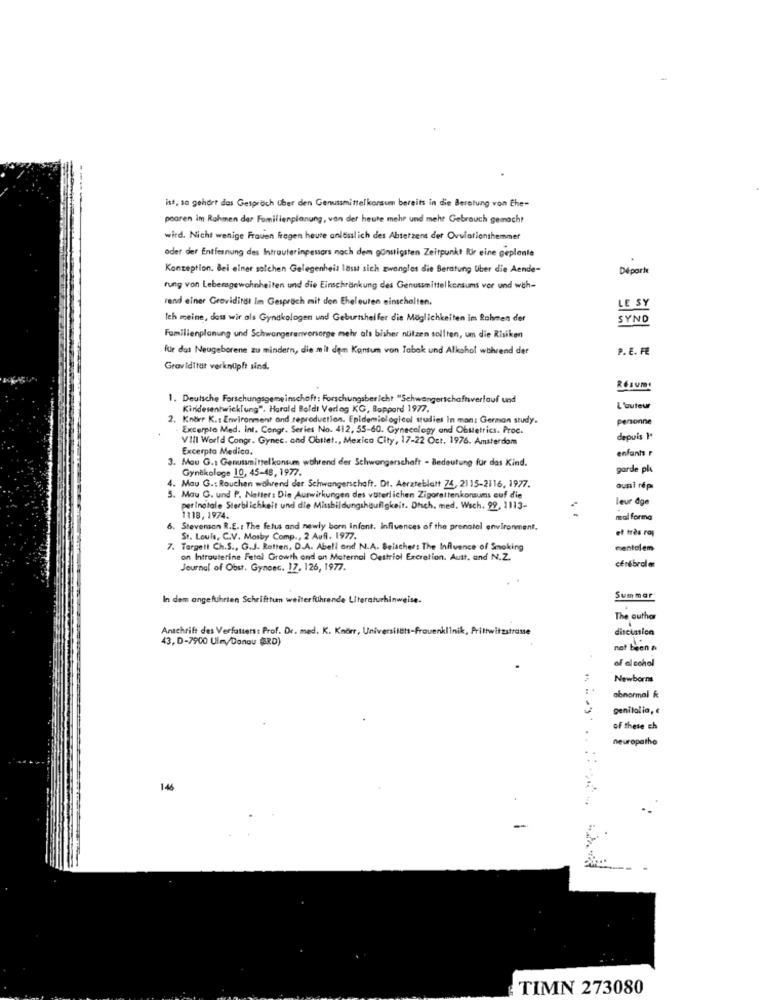
ist, so gehört das Gespräch über den Genussmittelkonsum bereits in die Beratung von Ehe-
pearen im Rahmen der Familienplanung, von der heute mehr und mehr Gebrauch gemacht
wird. Nicht wenige Frauen fragen heure anlässlich des Abterzens der Ovulationshemmer
oder der Entfernung des Intrauterinpessors nach dem günstigsten Zeitpunkt für eine geplante
Konzeption. Bei einer solchen Gelegenheit lässt sich zwangles die Beratung über die Ående-
Déporte
rung von Lebensgewohnheiten und die Einschränkung des Genussmittelkonsums vor und wah-
rend einer Grovidinist Im Gespräch mit den Eheleuten einschalten.
LE SY
Ich meine, dass wir als Gynäkologen und Geburtshelfer die Möglichkeiten im Rahmen der
SYND
Familienplanung und Schwangerenvorsorge mehr als bisher nützen sollten, um die Risiken
für das Neugeborene zu mindern, die mit den Konsum von Tabak und Alkohol während der
P. E. FE
Graviditet verknüpft sind.
Résume
1. Deutsche Forschungsgemeinschaft: Forschungsbericht "Schwangerschaftsverlauf und
Kindesentwicklung". Harald Boldt Verlag KG, Boppard 1977.
L'auteur
2. Knorr K .: Environment and reproduction. Epidemiologicol studies in man: German study.
personne
Excerpte Med. Int. Congr. Series No. 412, 55-60. Gynecology and Obstetrics. Proc.
VIII World Congr. Gynec. and Obstet ., Mexico City, 17-22 Out. 1976. Amsterdom
depuis 1º
Excerpto Medico.
enfants
3. Mau G .: Genussmittelkonsum während der Schwangerschaft - Bedeutung für das Kind.
Gynäkologe 10, 45-48, 1977.
garde ple
4. Mau G .: Rouchen während der Schwangerschaft. Dt. Aerzteblatt 74, 2115-2116, 1977.
aussi rup
5. Mau G. und P. Natter: Die Auswirkungen des vaterlichen Zigarettenkonsums cuf die
leur dge
per instale Sterblichkeit und die Missbildungshäufigkeit. Disch. med. Wsch. 99, 1113-
1118, 1974.
mal forma
Stevenson R.E .: The fetus and newly born infant. influences of the prenatal environment,
et très ray
St. Louis, C.V. Mosby Comp ., 2 Aufl. 1977.
7. Targett Ch.S ., G.J. Retten, D.A. Abell and N.A. Seischer: The Influence of Smoking
mentolem
on Intrauterine Fetal Growth and an Maternal Oestriol Excretion. Autt, and N.Z.
cérébral et
Journal of Obst. Gynoec. 17, 126, 1977.
In dem angefuhrien Schrifttun weiterführende Literaturhinweise.
Summer
The author
Anschrift des Verfattens: Prof. Dr. med. K. Knorr, Universitets-frauenklinik, Pritiwitzstrasse
discussion
43, D-7900 Ulm/Donau ØRD)
not been a
of alcohol
Newborns
abnormal k
genitalia, €
of these ch
neuropathe
146
TIMN 273080